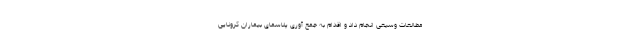
مطالعات وسیعی انجام داد و اقدام به جمع آوری پلاسمای بیماران کرونایی